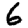
Digit: 6